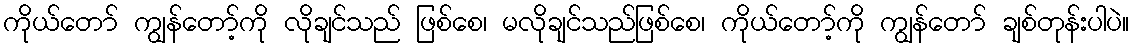
ကိုယ်တော် ကျွန်တော့်ကို လိုချင်သည် ဖြစ်စေ၊ မလိုချင်သည်ဖြစ်စေ၊ ကိုယ်တော့်ကို ကျွန်တော် ချစ်တုန်းပါပဲ။